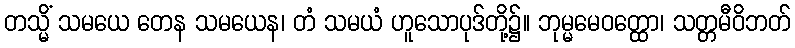
တသ္မိံ သမယေ တေန သမယေန၊ တံ သမယံ ဟူသောပုဒ်တို့၌။ ဘုမ္မမေဝတ္ထော၊ သတ္တမီဝိဘတ်